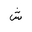
Letter: _shin